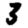
Digit: 3